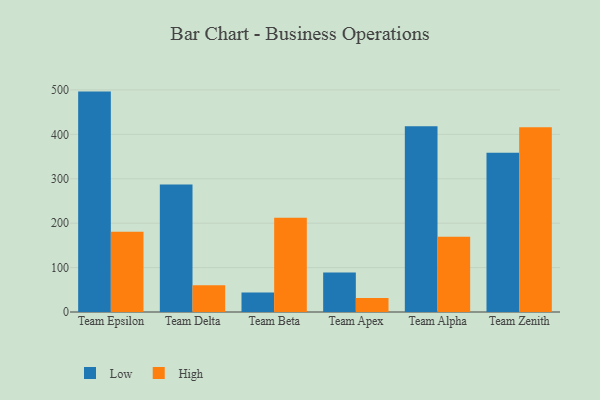
{"axis": {"x": "Team", "y": "Humidity (%)"}, "legend": ["High", "Low"], "data": [{"x": "Team Epsilon", "y": 496.2, "type": "Low"}, {"x": "Team Epsilon", "y": 180.6, "type": "High"}, {"x": "Team Delta", "y": 286.9, "type": "Low"}, {"x": "Team Delta", "y": 60.0, "type": "High"}, {"x": "Team Beta", "y": 44.0, "type": "Low"}, {"x": "Team Beta", "y": 212.1, "type": "High"}, {"x": "Team Apex", "y": 89.0, "type": "Low"}, {"x": "Team Apex", "y": 31.8, "type": "High"}, {"x": "Team Alpha", "y": 418.1, "type": "Low"}, {"x": "Team Alpha", "y": 169.2, "type": "High"}, {"x": "Team Zenith", "y": 358.5, "type": "Low"}, {"x": "Team Zenith", "y": 416.1, "type": "High"}]}